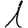
Digit: 1